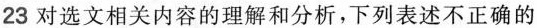
23 对选文相关内容的理解和分析，下列表述不正确的